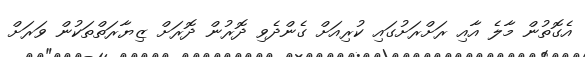
އެގޮތުން މާލެ އާއި ރަށްރަށުގައި ކުރިއަށް ގެންދެވި ދޮރުން ދޮރަށް ޒިޔާރަތްތަކުން ވަރަށް